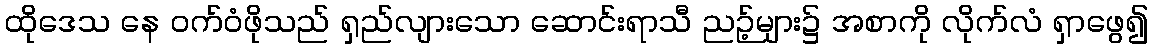
ထိုဒေသ နေ ဝက်ဝံဖိုသည် ရှည်လျားသော ဆောင်းရာသီ ညဉ့်များ၌ အစာကို လိုက်လံ ရှာဖွေ၍